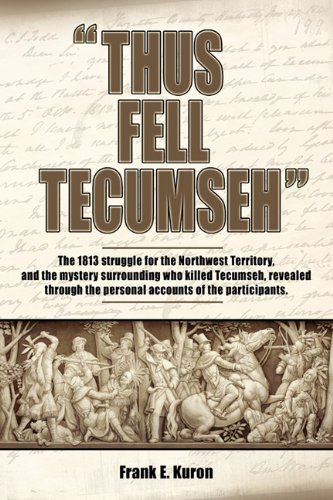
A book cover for Thus Fell Tecumseh; Frank E. Kuron; History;